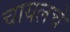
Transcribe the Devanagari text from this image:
चायलचे